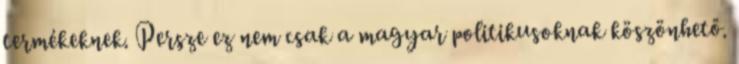
termékeknek. Persze ez nem csak a magyar politikusoknak köszönhető.